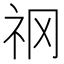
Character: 𥘝